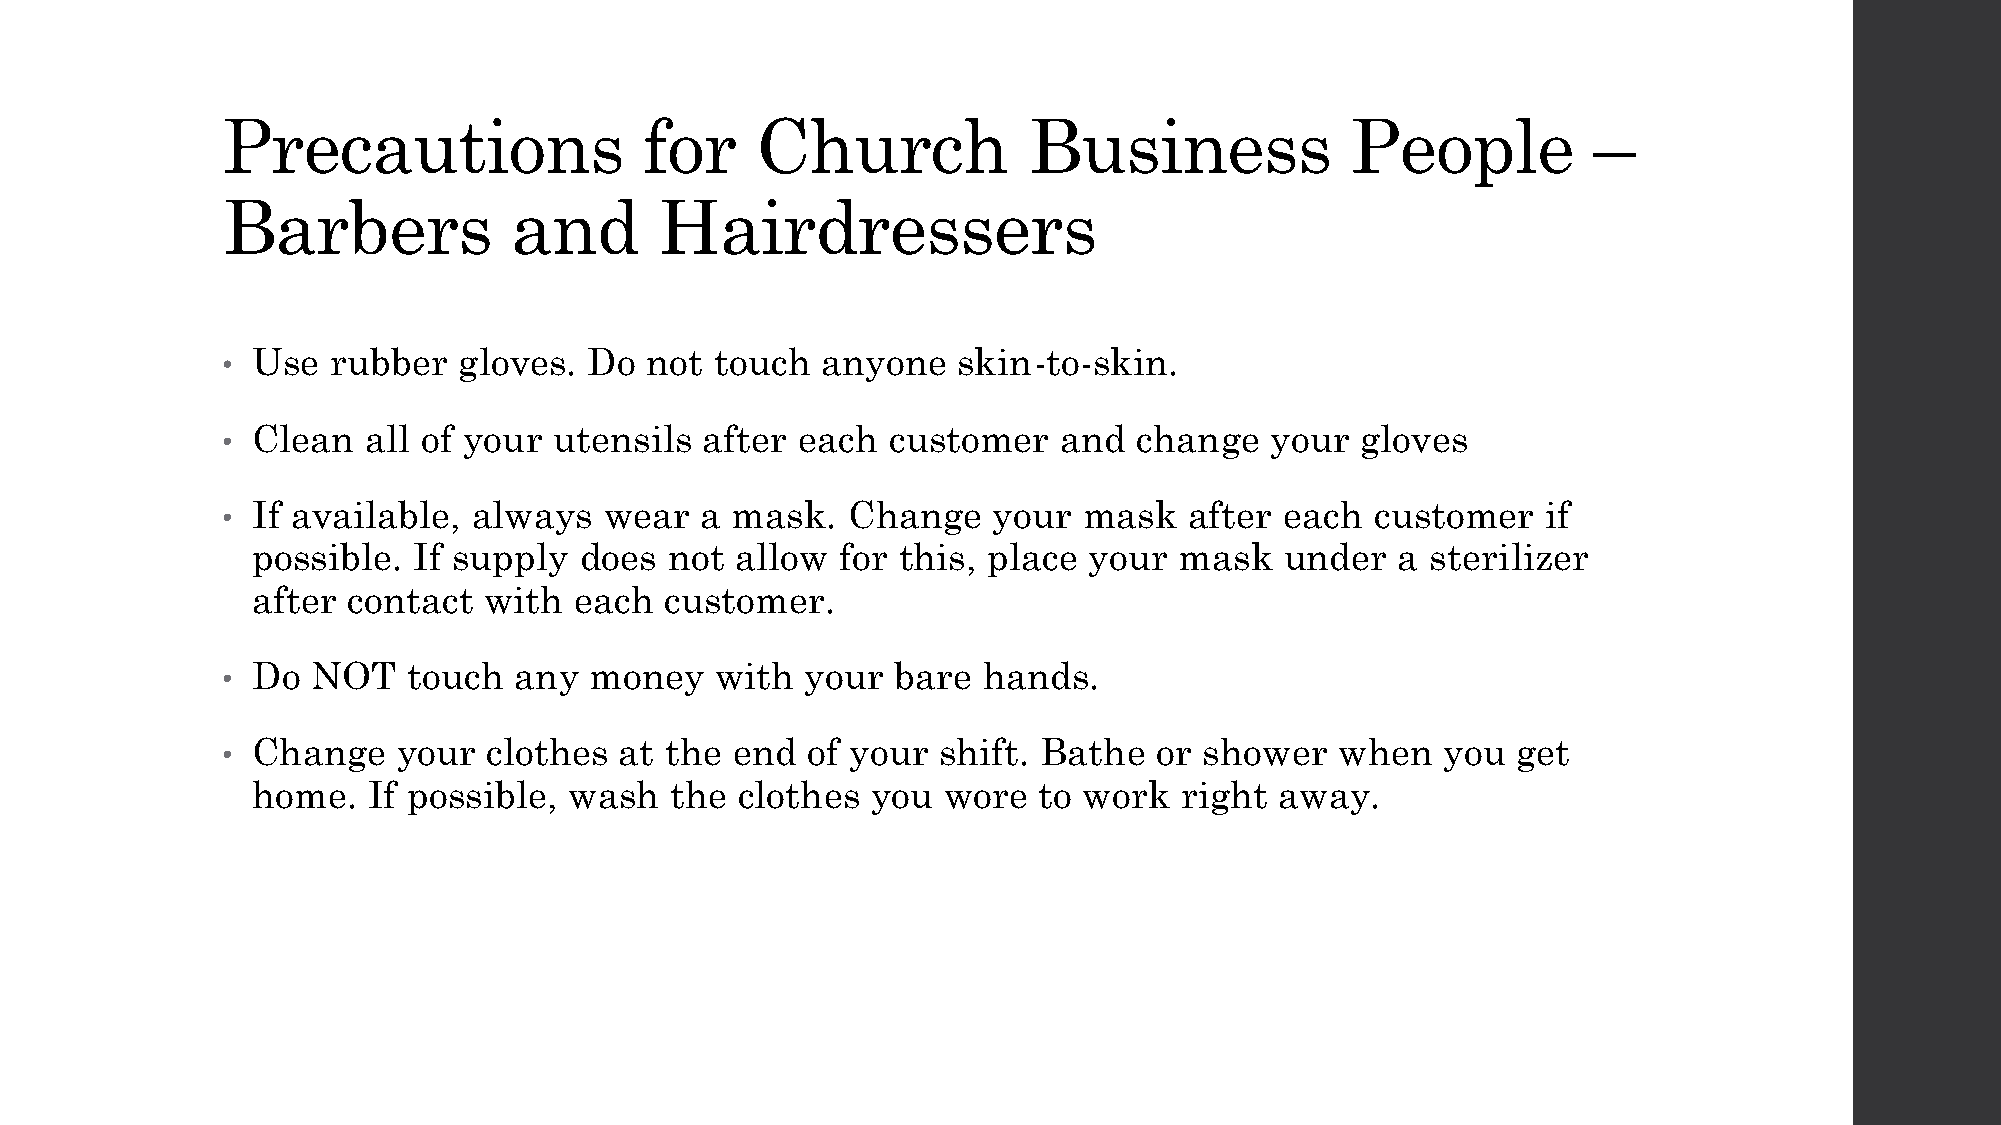
Precautions                 for    Church            Business             People          –
 Barbers            and       Hairdressers
 Use  rubber  gloves.  Do  not touch  anyone   skin-to-skin.
 •
 Clean  all of your  utensils after  each  customer   and  change   your  gloves
 •
 If available, always   wear  a mask.   Change    your  mask   after each  customer   if
 •
 possible. If supply  does  not  allow  for this, place your  mask   under   a sterilizer
 after contact  with  each  customer.
 Do  NOT   touch  any  money   with  your  bare  hands.
 •
 Change   your  clothes  at the end  of your  shift. Bathe   or shower   when  you  get
 •
 home.  If possible,  wash  the  clothes  you wore   to work  right  away.